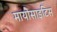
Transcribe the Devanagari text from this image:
मायोसाइटिस